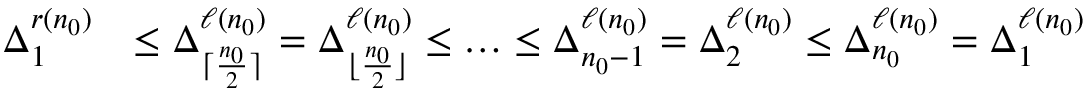
\begin{array} { r l } { \Delta _ { 1 } ^ { r ( n _ { 0 } ) } } & { \leq \Delta _ { \lceil \frac { n _ { 0 } } { 2 } \rceil } ^ { \ell ( n _ { 0 } ) } = \Delta _ { \lfloor \frac { n _ { 0 } } { 2 } \rfloor } ^ { \ell ( n _ { 0 } ) } \leq \ldots \leq \Delta _ { n _ { 0 } - 1 } ^ { \ell ( n _ { 0 } ) } = \Delta _ { 2 } ^ { \ell ( n _ { 0 } ) } \leq \Delta _ { n _ { 0 } } ^ { \ell ( n _ { 0 } ) } = \Delta _ { 1 } ^ { \ell ( n _ { 0 } ) } } \end{array}